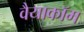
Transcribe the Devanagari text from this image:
वैयाकॉम